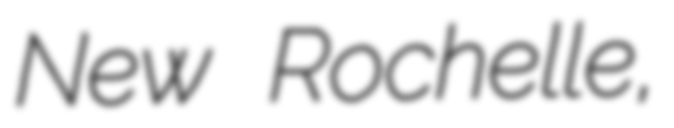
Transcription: New Rochelle,